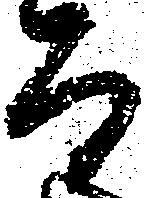
而